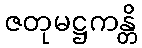
ဇတုမဋ္ဌကန္တိ